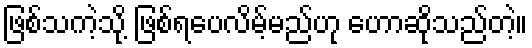
ဖြစ်သကဲ့သို့ ဖြစ်ရပေလိမ့်မည်ဟု ဟောဆိုသည်တဲ့။